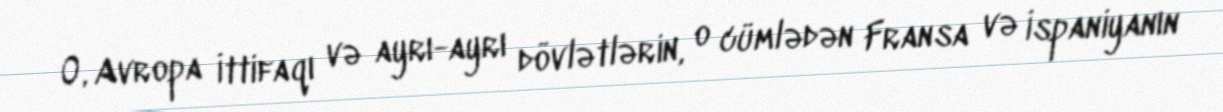
O, Avropa İttifaqı və ayrı-ayrı dövlətlərin, o cümlədən Fransa və İspaniyanın